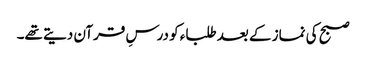
صبح کی نماز کے بعد طلباء کو درسِ قرآن دیتے تھے۔